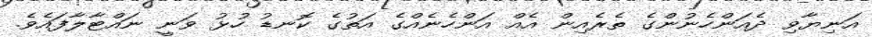
އަނިޔާވި ދެއަންހެނުންގެ ތެރެއިން އެއް އަންހެނެއްގެ އަތުގެ ކޮނޑު ހުޅު ވަނީ ނައްޓާލާފައެވެ.